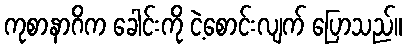
ကုစာနာဂိက ခေါင်းကို ငဲ့စောင်းလျက် ပြောသည်။